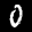
Label: 0